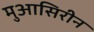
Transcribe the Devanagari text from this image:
मुआसिरीन